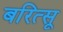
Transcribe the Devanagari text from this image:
बरित्सू